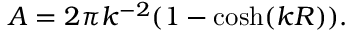
A = 2 \pi k ^ { - 2 } ( 1 - \cosh ( k R ) ) .